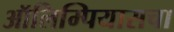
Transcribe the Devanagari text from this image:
ऑलिम्पियासचा